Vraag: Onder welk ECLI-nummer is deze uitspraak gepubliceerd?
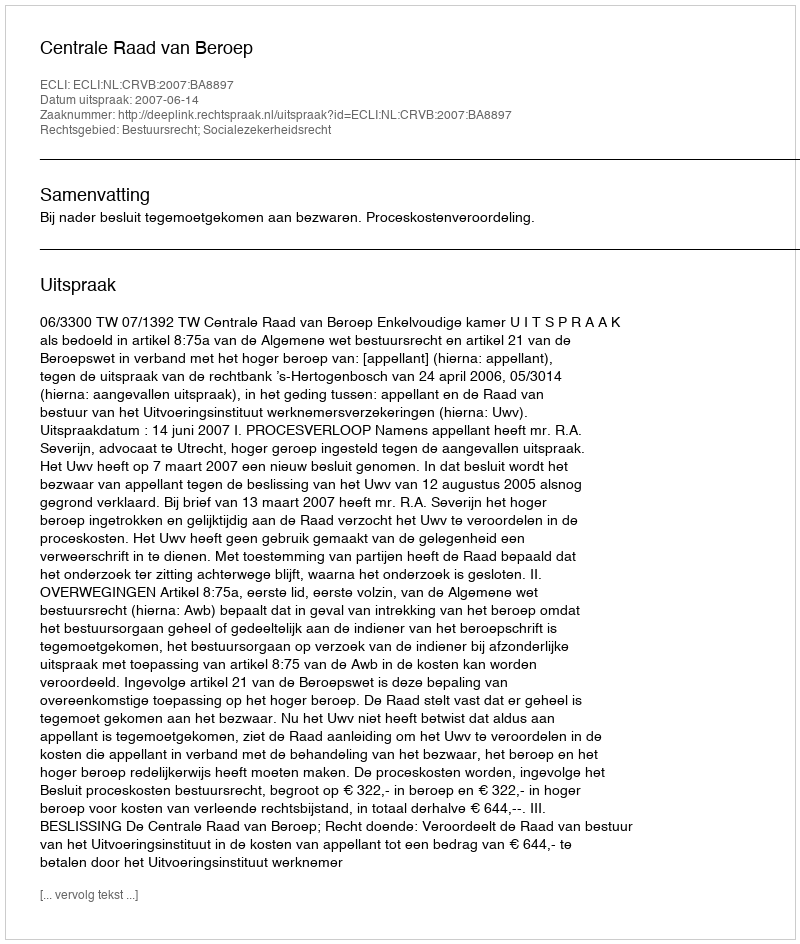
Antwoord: ECLI:NL:CRVB:2007:BA8897